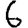
Digit: 6